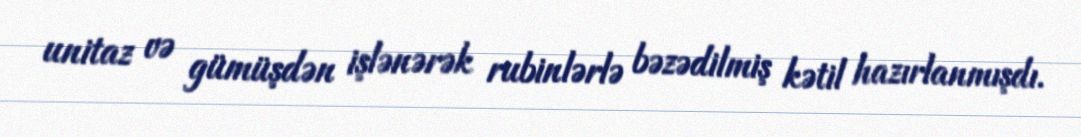
unitaz və gümüşdən işlənərək rubinlərlə bəzədilmiş kətil hazırlanmışdı.